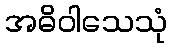
အဓိဝါသေသုံ